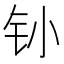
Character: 𰽛